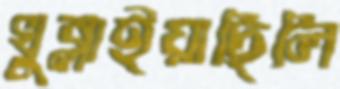
খুব্‌লাইয়াছিলি